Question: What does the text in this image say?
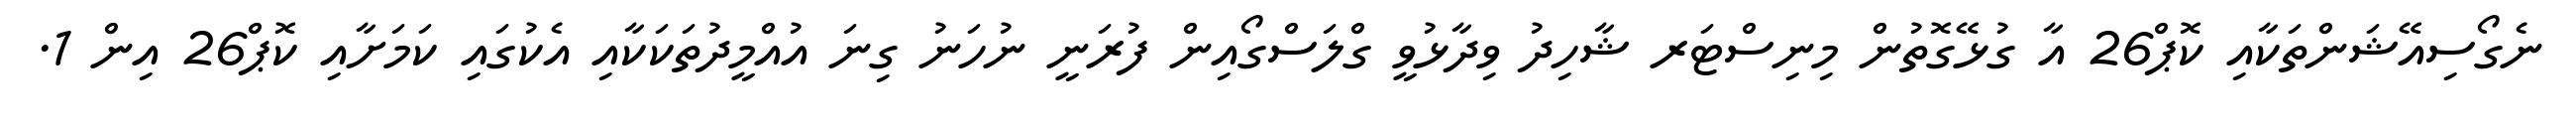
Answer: ނެގޯސިއޭޝަންތަކާއި ކޮޕް26 އާ ގުޅޭގޮތުން މިނިސްޓަރ ޝާހިދު ވިދާޅުވީ ގްލަސްގޯއިން ފުރަނީ ނުހަނު ގިނަ އުއްމީދުތަކަކާއި އެކުގައި ކަމަށާއި ކޮޕް26 އިން 1.